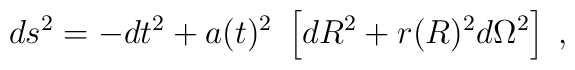
ds^2 = -dt^2 + a(t)^2~ \left[  dR^2  + r(R)^2 d\Omega^2  \right] \;,